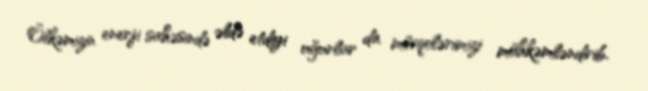
Ölkəmizin enerji sahəsində əldə etdiyi uğurlar da mövqelərimizi möhkəmləndirib.